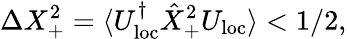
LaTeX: \Delta X_{+}^{2}=\langle U_{\mathrm{loc}}^{\dagger}\hat{X}_{+}^{2}U_{\mathrm{loc}}\rangle<1/2,